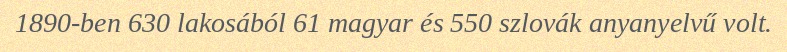
1890-ben 630 lakosából 61 magyar és 550 szlovák anyanyelvű volt.